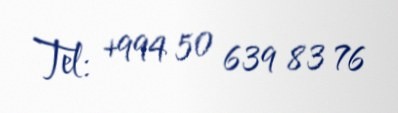
Tel: +994 50 639 83 76